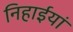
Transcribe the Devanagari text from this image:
निहाईयां